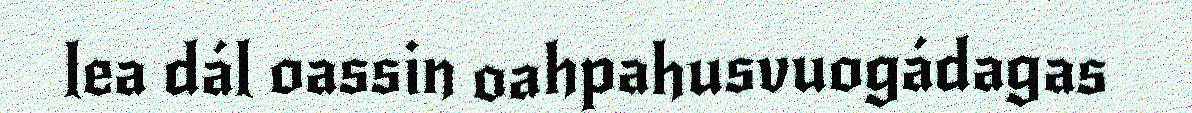
lea dál oassin oahpahusvuogádagas